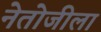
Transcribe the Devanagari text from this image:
नेतोजीला